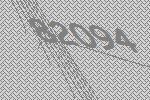
82094